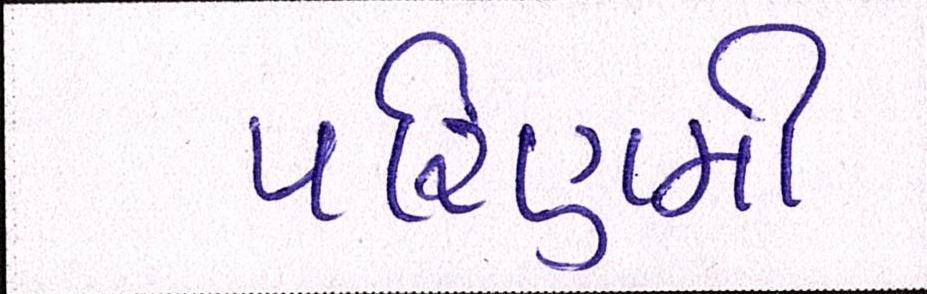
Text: પરિણમી